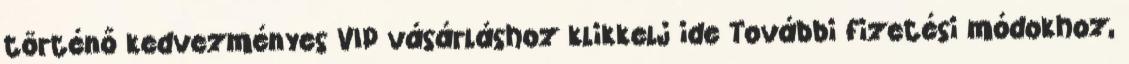
történő kedvezményes VIP vásárláshoz klikkelj ide További fizetési módokhoz,